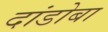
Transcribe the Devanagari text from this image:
दांडोबा